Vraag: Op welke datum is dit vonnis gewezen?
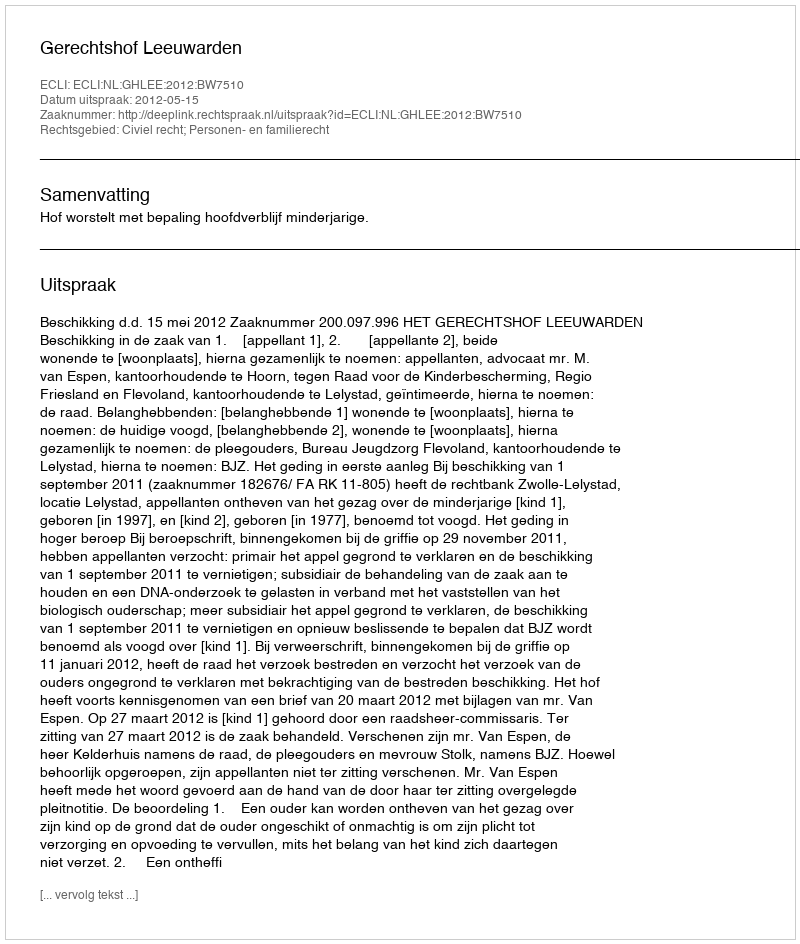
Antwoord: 2012-05-15